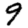
Digit: 9